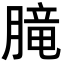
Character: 𪱨